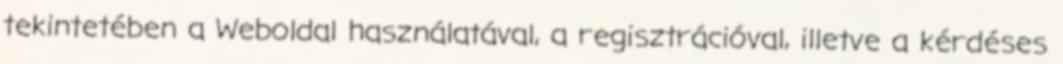
tekintetében a Weboldal használatával, a regisztrációval, illetve a kérdéses